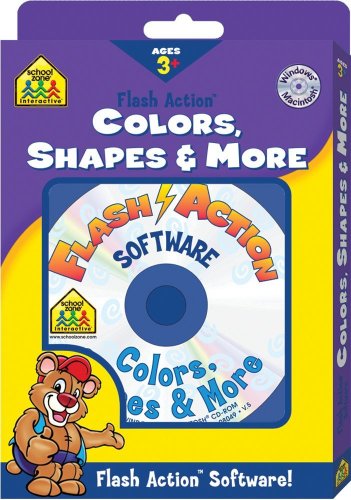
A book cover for Colors, Shapes & More (Flash Action Software); School Zone Interactive; Children's Books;